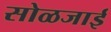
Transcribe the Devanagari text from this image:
सोळजाई